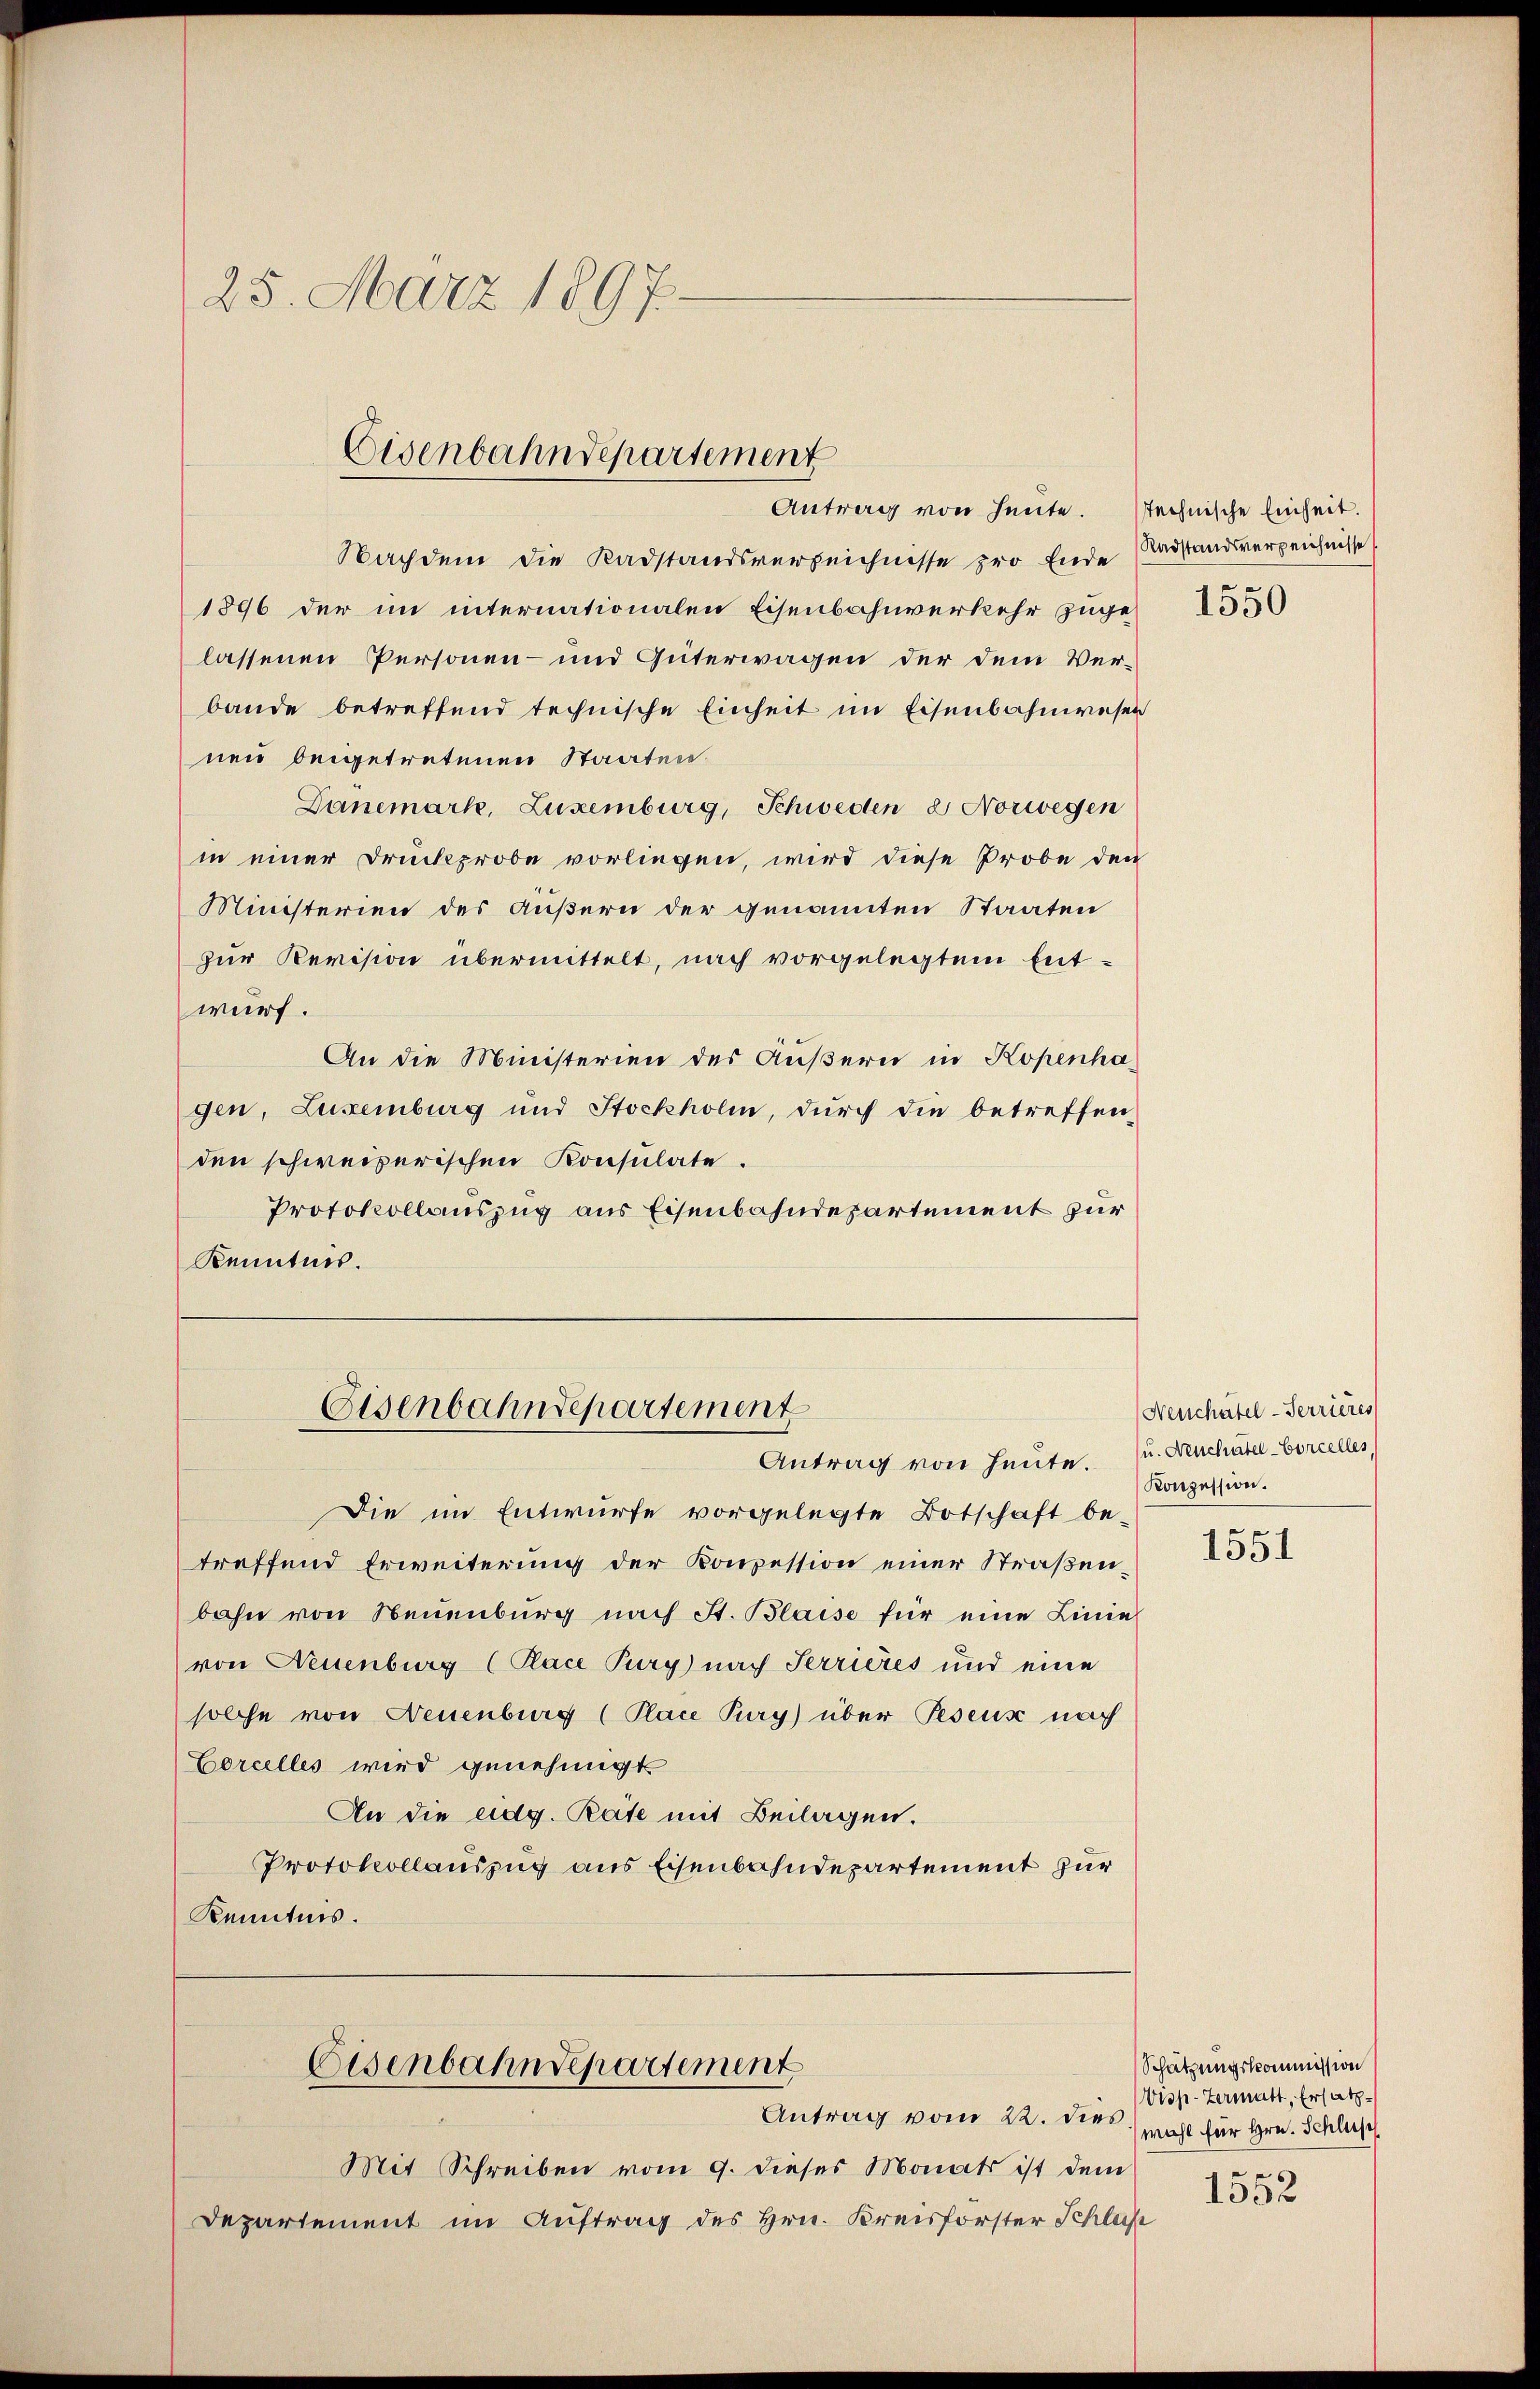
25. März 1897.

Nachdem die Radstandsverzeichnisse pro Ende Aadstandsverzeichnisse
1896 der im internationalen Eisenbahnverkehr zugelassenen Personen- und Güterwagen der dem Verbande betreffend technische Einheit im Eisenbahnwesen
nen beigetretenen Staaten.
Danemark, Luxenburg, Schweden 2 Norwegen
in einer Druckprobe vorliegen, wird diese Probe den
Ministerien des äußern der genannten Staaten
zur Revision übermittelt, nach vorgelegtem Ent-
wurf.
An die Ministerien des Äußern in Kopenha
gen, Luxenburg und Stockholm, durch die betreffen
den schweizerischen Konsulate.
Protokollauszug aus Eisenbahndepartement zur
Kenntnis.
Eisenbahndepartement

Eisenbahndepartement
Antrag von heute. Rechnische Einheit.

Antrag von heute. u. Neuchâtel-Corcelles

Eisenbahndepartement
Antrag vom 22. dies

Die im Entwurfe vorgelegte Botschaft be-
treffend Erweiterung der Konzession einer Straßenbahn von Neuenburg nach St. Blaise für eine Linie
von Neuenburg (Place Pury nach Terrieres und eine
solche von Neuenburg (Place Pury) über Peseux nach
Corcelles wird genehmigt
An die eidg. Räte mit Beilagen.
Protokollauszug aus Eisenbahndepartement zur
Kenntnis.

Mit Schreiben vom 9. dieses Monats ist dem
Departement im Auftrag des Hrn. Kreisförster Schlas

1550

Neuschätel-Terrieres
Konzession.

1551

Schätzungskommission
Visp-Zermatt, Ersatzmahl für Hrn. Schlus

1552